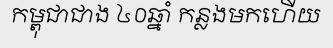
កម្ពុជាជាង ៤០ឆ្នាំ កន្លងមកហើយ